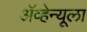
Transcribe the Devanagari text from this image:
ॲव्हेन्यूला